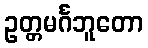
ဥတ္တမင်္ဂဘူတော